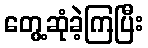
တွေ့ဆုံခဲ့ကြပြီး